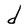
Character: d